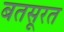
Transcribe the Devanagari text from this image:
बतसूरत